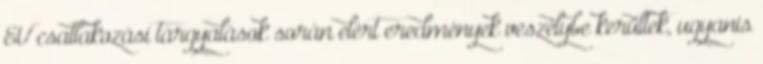
EU csatlakozási tárgyalások során elért eredmények veszélybe kerültek, ugyanis